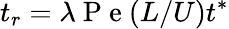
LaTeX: t_{r}=\lambda\mathrm{~P~e~}(L/U)t^{\ast}